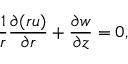
\frac { 1 } { r } \frac { \partial ( r u ) } { \partial r } + \frac { \partial w } { \partial z } = 0 ,